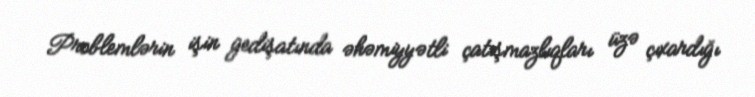
Problemlərin işin gedişatında əhəmiyyətli çatışmazlıqları üzə çıxardığı